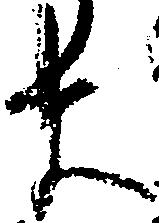
ま